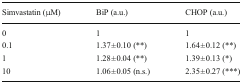
| Simvastatin (μM) | BiP (a.u.) | CHOP (a.u.) |
 | --- | --- | --- |
 | 0 | 1 | 1 |
 | 0.1 | 1.37 ± 0.10 (**) | 1.64 ± 0.12 (**) |
 | 1 | 1.28 ± 0.04 (**) | 1.39 ± 0.13 (*) |
 | 10 | 1.06 ± 0.05 (n.s.) | 2.35 ± 0.27 (***) |